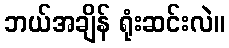
ဘယ်အချိန် ရုံးဆင်းလဲ။